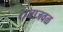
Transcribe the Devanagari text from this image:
राजाजवळ